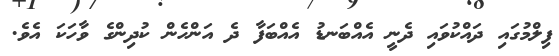
ފިލްމުގައި ދައްކުވައި ދެނީ އެއްބަނޑު އެއްބަފާ ދެ އަންހެން ކުދިންގެ ވާހަކަ އެވެ.